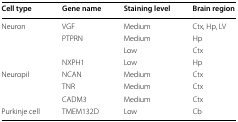
<table><thead><tr><td><b>Cell type</b></td><td><b>Gene name</b></td><td><b>Staining level</b></td><td><b>Brain region</b></td></tr></thead><tbody><tr><td>Neuron</td><td>VGF</td><td>Medium</td><td>Ctx, Hp, LV</td></tr><tr><td></td><td>PTPRN</td><td>Medium</td><td>Hp</td></tr><tr><td></td><td></td><td>Low</td><td>Ctx</td></tr><tr><td></td><td>NXPH1</td><td>Low</td><td>Hp</td></tr><tr><td>Neuropil</td><td>NCAN</td><td>Medium</td><td>Ctx</td></tr><tr><td></td><td>TNR</td><td>Medium</td><td>Ctx</td></tr><tr><td></td><td>CADM3</td><td>Medium</td><td>Ctx</td></tr><tr><td>Purkinje cell</td><td>TMEM132D</td><td>Low</td><td>Cb</td></tr></tbody></table>